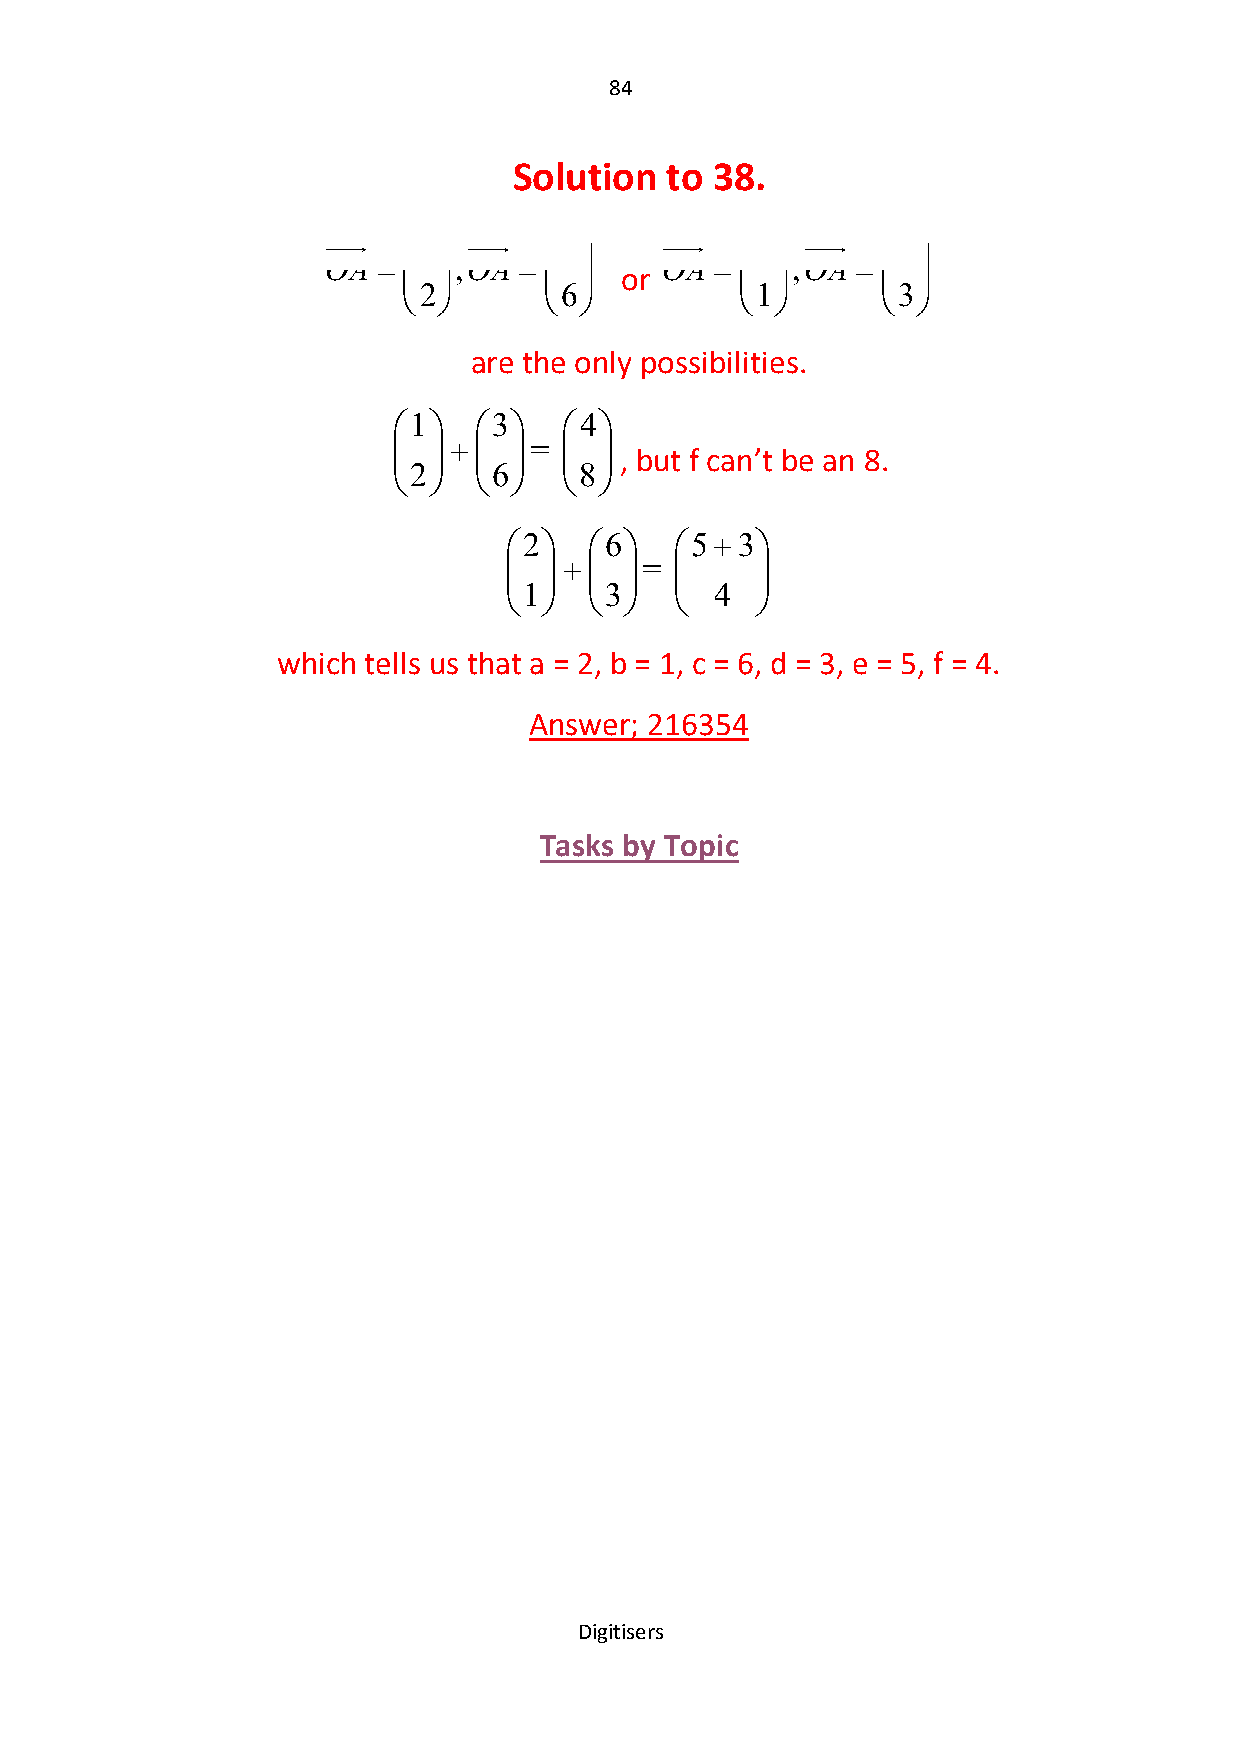
84
 Solution  to 38.
 1      3          2      6
 OA      ,OA          OA     ,OA  
           or               
 2        6            1        3
                            
 are the only possibilities.
 1  3   4
     =
           , but f can’t be an 8.
 2     6    8
          
 2   6   53
   
 
 
 =
     
 1    3      4
             
 which tells us that a = 2, b = 1, c = 6, d = 3, e = 5, f = 4.
 Answer; 216354
 Tasks by Topic
 Digitisers